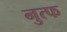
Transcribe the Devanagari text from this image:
नुत्फ